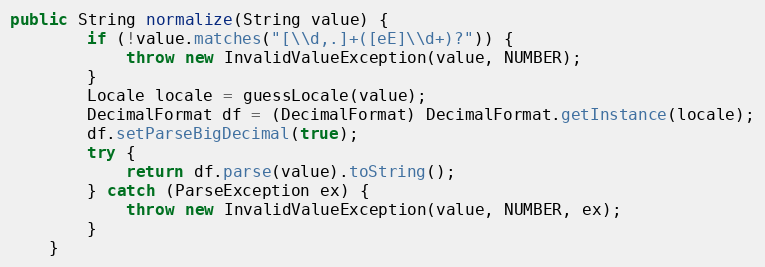
Language: Java
public String normalize(String value) {
        if (!value.matches("[\\d,.]+([eE]\\d+)?")) {
            throw new InvalidValueException(value, NUMBER);
        }
        Locale locale = guessLocale(value);
        DecimalFormat df = (DecimalFormat) DecimalFormat.getInstance(locale);
        df.setParseBigDecimal(true);
        try {
            return df.parse(value).toString();
        } catch (ParseException ex) {
            throw new InvalidValueException(value, NUMBER, ex);
        }
    }